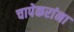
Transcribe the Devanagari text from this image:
चापेकरांना